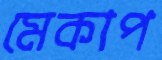
মেকাপ